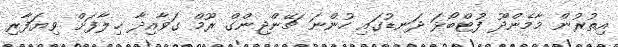
އިތުރުން މާމެންދޫ ފުޓްބޯޅަ ދަނޑުގައި ހުންނަ ޗޭންޖިންގް ރޫމް ގަވާއިދާ ޚިލާފަށް ވިޔަފާރި